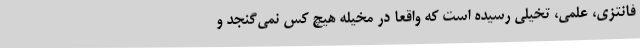
فانتزی، علمی، تخیلی رسیده است که واقعا در مخیله هیچ کس نمی‌گنجد و